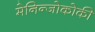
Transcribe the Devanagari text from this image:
मेनिन्जोकोकी